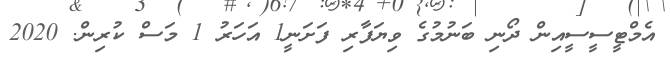
އެމްޓީސީސީއިން ދޯނި ބަނުމުގެ ވިޔަފާރި ފަށަނީ1 އަހަރު 1 މަސް ކުރިން. 2020